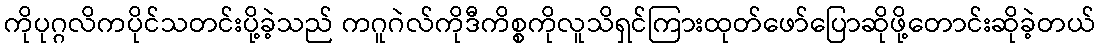
ကိုပုဂ္ဂလိကပိုင်သတင်းပို့ခဲ့သည် ကဂူဂဲလ်ကိုဒီကိစ္စကိုလူသိရှင်ကြားထုတ်ဖော်ပြောဆိုဖို့တောင်းဆိုခဲ့တယ်